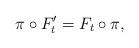
LaTeX: \begin{align*}\pi\circ F'_t=F_t\circ\pi,\end{align*}